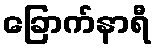
ခြောက်နာရီ